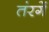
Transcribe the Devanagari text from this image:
तंरगें